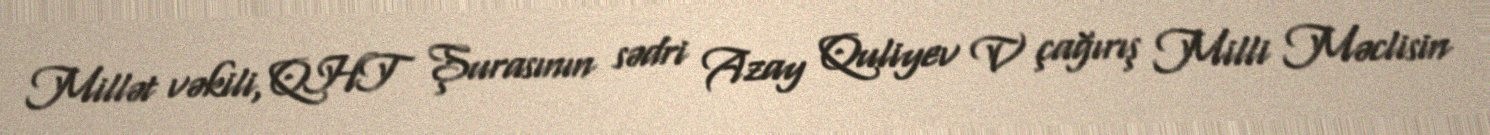
Millət vəkili, QHT Şurasının sədri Azay Quliyev V çağırış Milli Məclisin